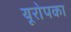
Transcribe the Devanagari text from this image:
यूरोपका